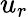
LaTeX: u_{r}